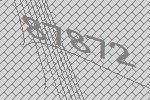
87872